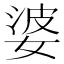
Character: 婆